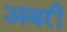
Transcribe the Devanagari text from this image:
अबरी